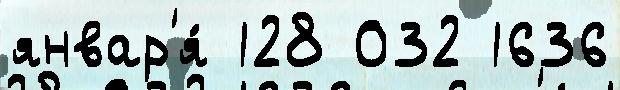
январ'я́ 128 032 1636